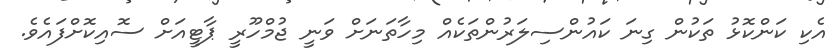
އެކި ކަންކޮޅު ތަކުން ގިނަ ކައުންސިލަރުންތަކެއް މިހާތަނަށް ވަނީ ޖުމްހޫރީ ޕާޓީއަށް ސޮއިކޮށްފައެވެ.